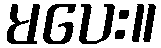
မပေး။